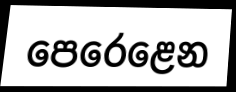
පෙරෙළෙන